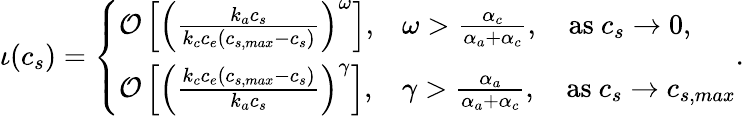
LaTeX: \iota(c_{s})=\left\{ \begin{array}{ll}{\mathcal{O}\left[\left(\frac{k_{a}c_{s}}{k_{c}c_{e}(c_{s,max}-c_{s})}\right)^{\omega}\right],}&{\omega>\frac{\alpha_{c}}{\alpha_{a}+\alpha_{c}},\quad\textrm{as}\ c_{s}\to 0,}\\ {\mathcal{O}\left[\left(\frac{k_{c}c_{e}(c_{s,max}-c_{s})}{k_{a}c_{s}}\right)^{\gamma}\right],}&{\gamma>\frac{\alpha_{a}}{\alpha_{a}+\alpha_{c}},\quad\textrm{as}\ c_{s}\to c_{s,max}}\end{array}\right..